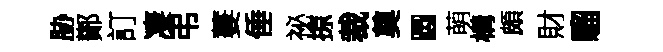
胁鄼訂凄弔萋倕祕掠裁奠圆萌構頗財騮